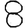
Digit: 8